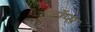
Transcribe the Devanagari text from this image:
इटॉप्स